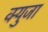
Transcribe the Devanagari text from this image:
क्युजा